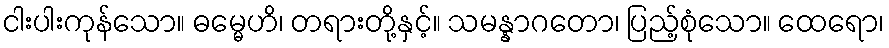
ငါးပါးကုန်သော။ ဓမ္မေဟိ၊ တရားတို့နှင့်။ သမန္နာဂတော၊ ပြည့်စုံသော။ ထေရော၊